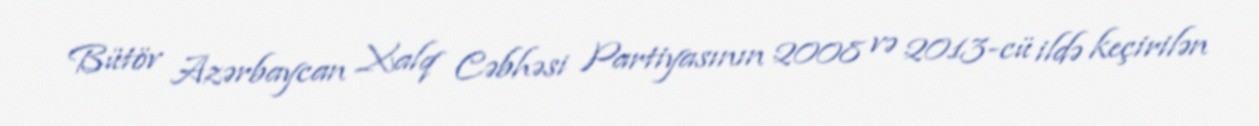
Bütöv Azərbaycan Xalq Cəbhəsi Partiyasının 2008 və 2013-cü ildə keçirilən